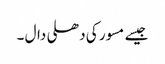
جیسے مسور کی دھلی دال ۔